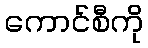
ကောင်စီကို